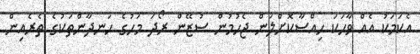
އެކަމަކު އެއް ވާހަކަ ހިއްސާކޮށްލަން ޖެހުމުން ސުޒޭން ރޯދަ މަހުގެ ހަނދާންތަކުގެ ތެރެއިން